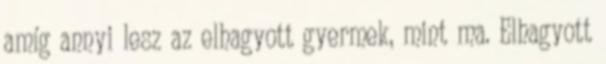
amíg annyi lesz az elhagyott gyermek, mint ma. Elhagyott